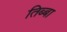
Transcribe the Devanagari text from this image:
तिब्बा